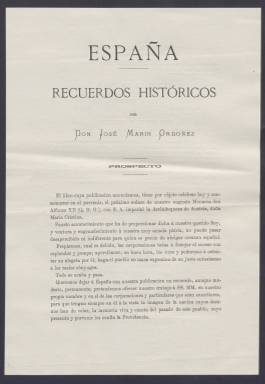
Título: La Voz de Madrid (Madrid. 1878)
Colección: Periódicos
Ámbito geográfico: Madrid
Lugar de publicación: Madrid
Fechas: 01/01/1879-30/08/1881